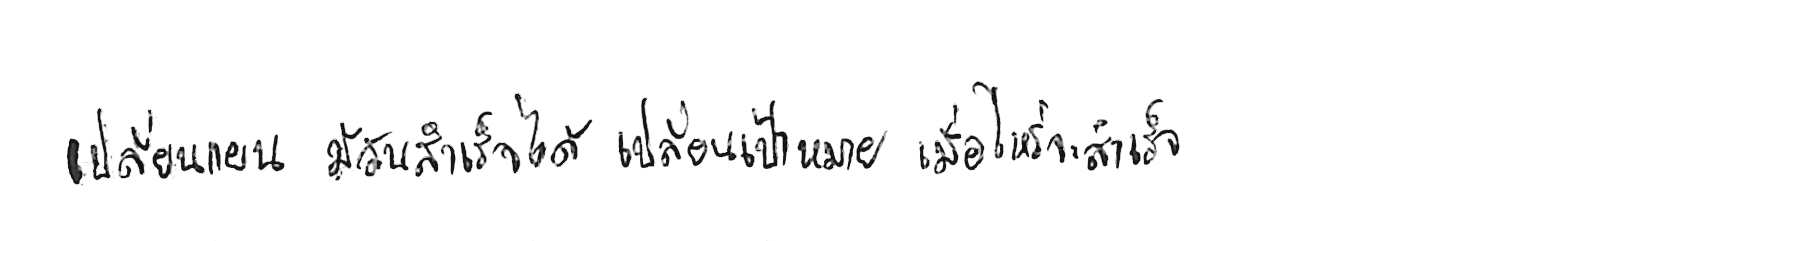
เปลี่ยนแผน มีวันสำเร็จได้ เปลี่ยนเป้าหมาย เมื่อไหร่จะสำเร็จ